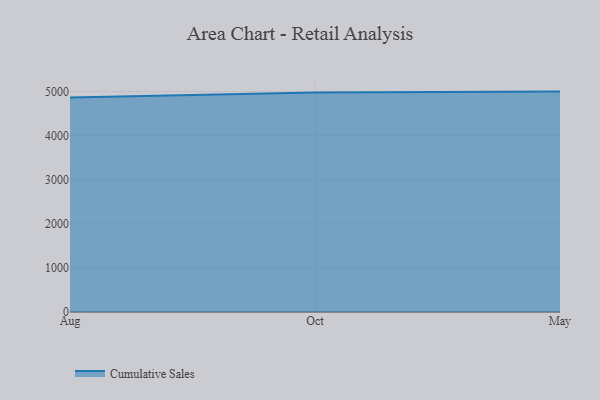
{"axis": {"x": "Month", "y": "Revenue (USD Million)"}, "legend": ["Cumulative Sales"], "data": [{"x": "Aug", "y": 4864.5, "type": "Cumulative Sales"}, {"x": "Oct", "y": 4979.6, "type": "Cumulative Sales"}, {"x": "May", "y": 5000, "type": "Cumulative Sales"}]}